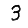
Digit: 3